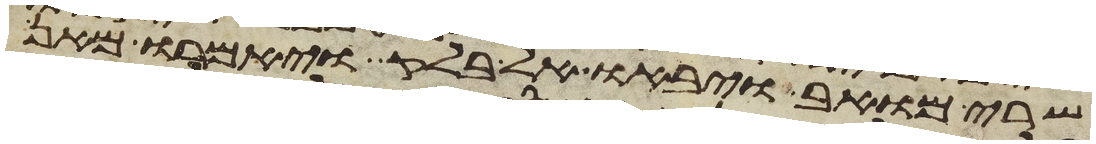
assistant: שרי מואב ויבאו אל בלק ויאמרו מאן